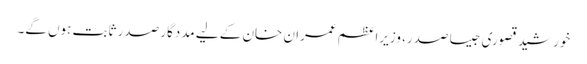
خورشید قصوری جیسا صدر، وزیراعظم عمران خان کے لیے مددگار صدر ثابت ہوں گے۔